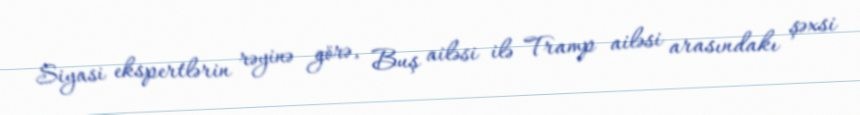
Siyasi ekspertlərin rəyinə görə, Buş ailəsi ilə Tramp ailəsi arasındakı şəxsi